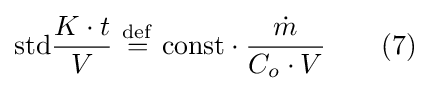
{\mbox{std}}{\frac {K\cdot t}{V}}\ {\stackrel {\mathrm {def} }{=}}\ {\mbox{const}}\cdot {\frac {\dot {m}}{C_{o}\cdot V}}\qquad (7)